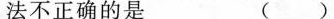
法不正确的是( )